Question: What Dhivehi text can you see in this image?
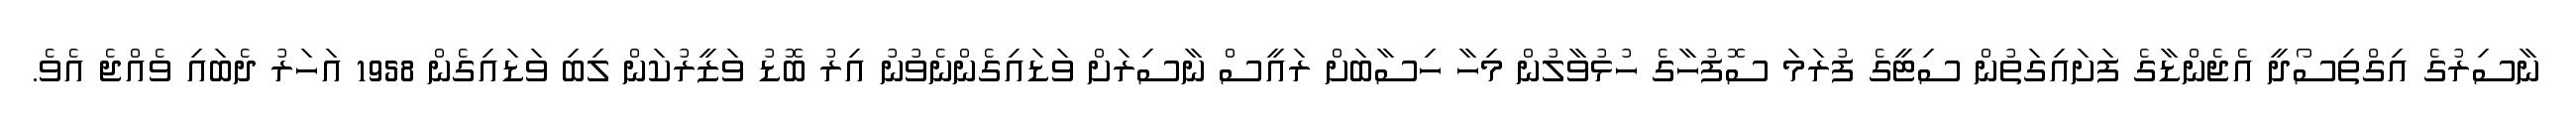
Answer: ނާސިރުގެ އިގްތިސޯދީ އެޖެންޑާގެ ފަށައިގަތުން ސިޓީގެ ފުރަމަ ސޮފުހާގެ ހުޅުވާލުން މިހާ ހިސާބަށް ރައީސް ނާސިރަށް ވަޑައިގެންނެވުނު އިރު ބޮޑު ވަޒީރުކަން ލިބި ވަޑައިގެން 1958 އަހަރު ދެބައި ވެއްޖެ އެވެ.